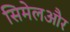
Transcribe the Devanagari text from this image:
सिमेलऔर